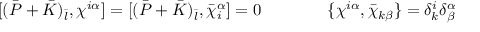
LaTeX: \lbrack ( \bar { P } + \bar { K } ) _ { \bar { l } } , \chi ^ { i \alpha } \rbrack = \lbrack ( \bar { P } + \bar { K } ) _ { \bar { l } } , \bar { \chi } _ { i } ^ { \alpha } \rbrack = 0 \qquad \qquad \{ \chi ^ { i \alpha } , \bar { \chi } _ { k \beta } \} = \delta _ { k } ^ { i } \delta _ { \beta } ^ { \alpha }